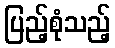
ပြည့်စုံသည့်